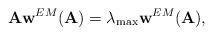
LaTeX: \begin{align*}\mathbf{A} \mathbf{w}^{EM}(\mathbf{A}) = \lambda_{\max} \mathbf{w}^{EM}(\mathbf{A}),\end{align*}